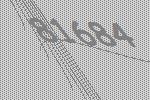
81684